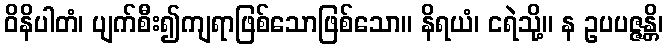
ဝိနိပါတံ၊ ပျက်စီး၍ကျရာဖြစ်သောဖြစ်သော။ နိရယံ၊ ငရဲသို့။ န ဥပပဇ္ဇန္တိ၊